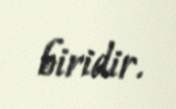
biridir.